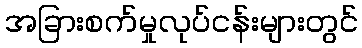
အခြားစက်မှုလုပ်ငန်းများတွင်